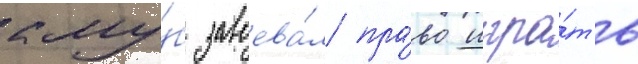
клу́б завоева́л пра́во игра́ть